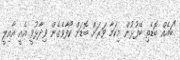
"ބައެއް ބޮޑެތި ބޭފުޅުން މިކަމާ ވަރަށް ބޮޑަށް ކޯފާވެގެން ވިދާޅުވީ އެއީ އާއިލީ